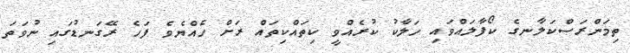
ތިމަންރަސްކަލާނގެ ކޯފާލައްވައި ހަލާކު ކުރެއްވީ ކިތައްކިތައް ރަށް ހެއްޔެވެ ފަހެ ރޭގަނޑުގައި ނުވަތަ